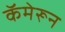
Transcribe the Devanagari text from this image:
कॅमेरून